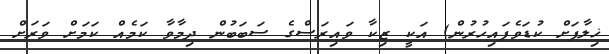
ޚިލާފަށް ކުޑަވެފައިހުރުން) އަކީ ޒިކާ ވައިރަސްގެ ސަބަބުން ދިމާވާ ކަމެއް ކަމަށް ވަރަށް